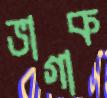
ভাগাক